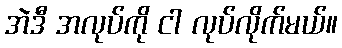
အဲဒီ အလုပ်ကို ငါ လုပ်လိုက်မယ်။